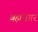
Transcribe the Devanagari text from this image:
ब्रह्मनगर